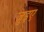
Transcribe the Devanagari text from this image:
जुइए